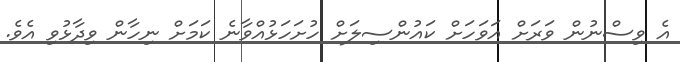
އެ ވިސްނުން ވަރަށް އަވަހަށް ކައުންސިލަށް ހުށަހަޅުއްވާނެ ކަމަށް ނިހާން ވިދާޅުވި އެވެ.